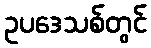
ဥပဒေသစ်တွင်